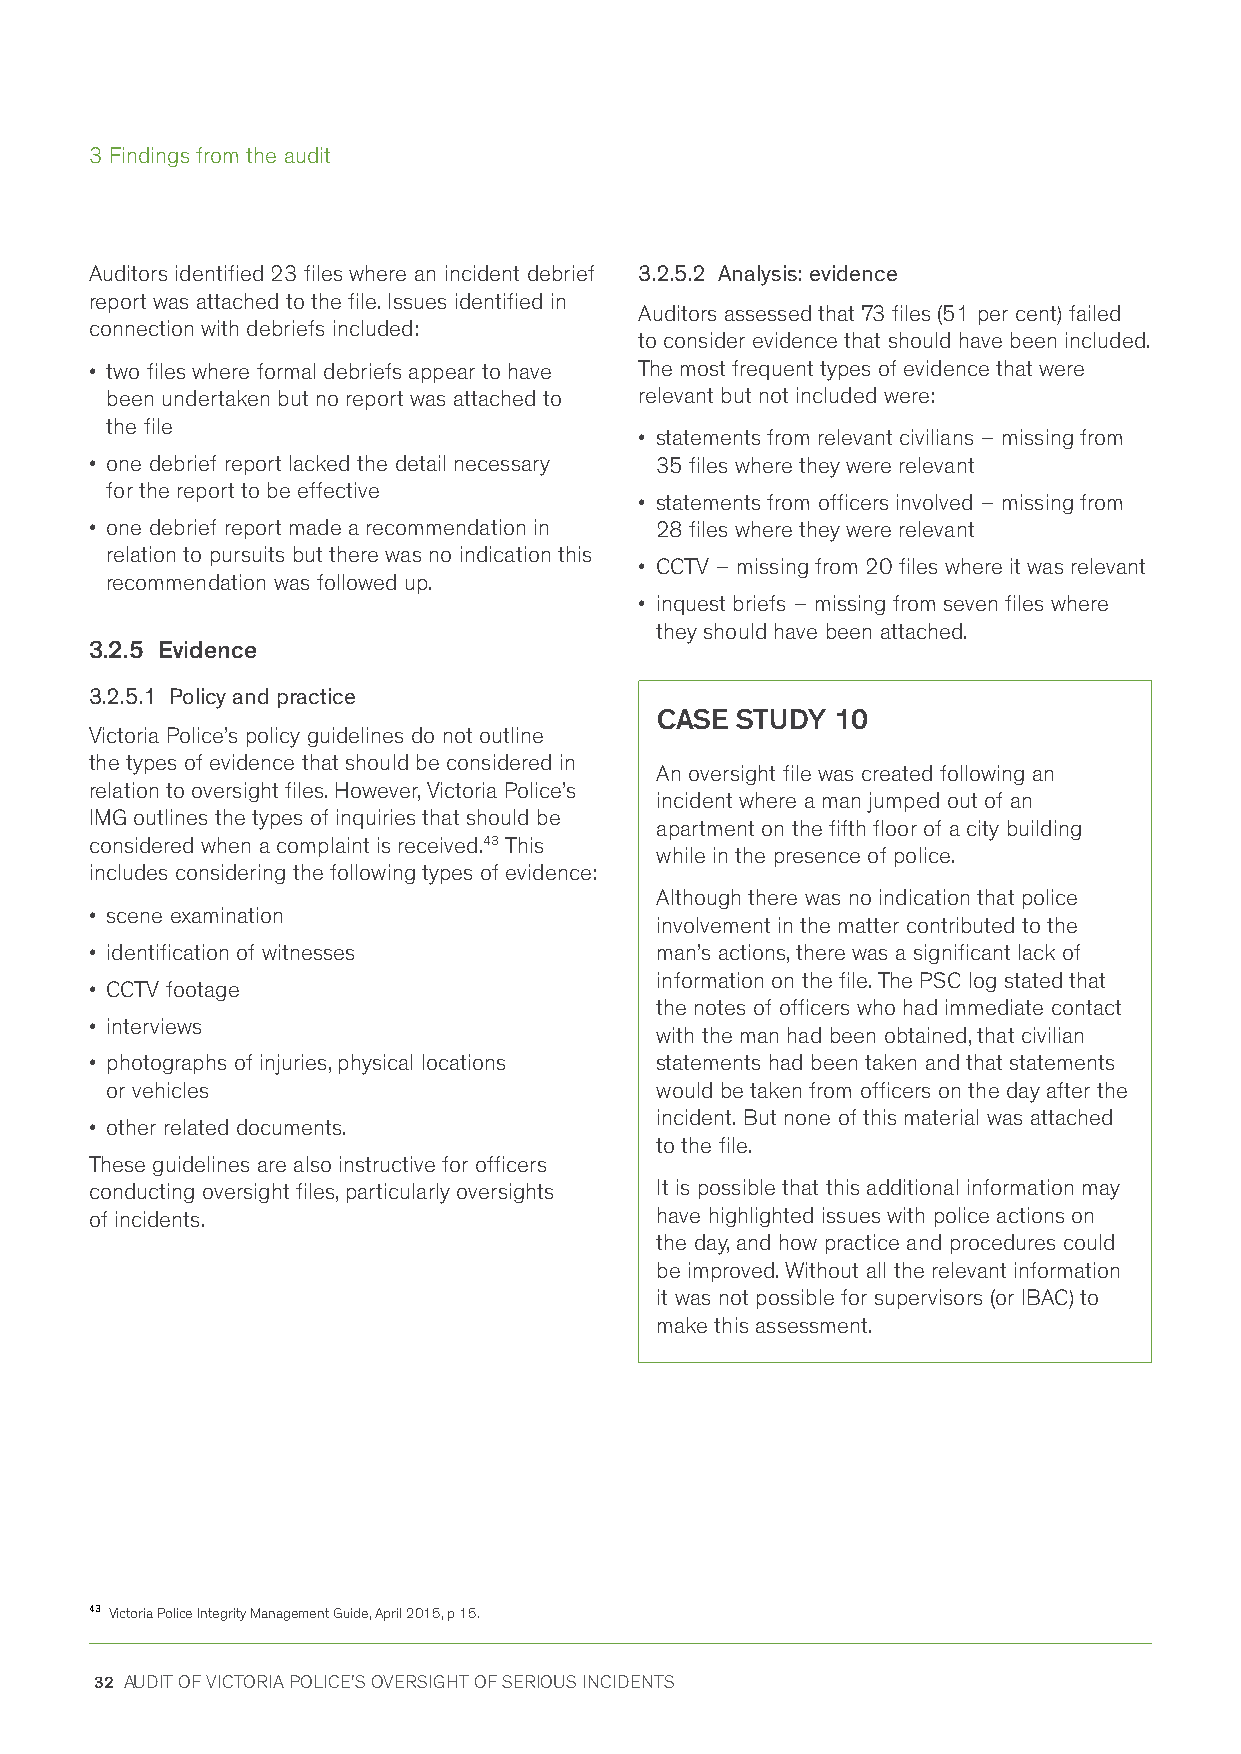
3 Findings from the audit
 Auditors identified 23 files where an incident debrief 3.2.5.2 Analysis: evidence
 report was attached to the file. Issues identified in
 Auditors assessed that 73 files (51 per cent) failed
 connection with debriefs included:
 to consider evidence that should have been included.
 • two files where formal debriefs appear to have The most frequent types of evidence that were
 been undertaken but no report was attached to relevant but not included were:
 the file
 • statements from relevant civilians – missing from
 • one debrief report lacked the detail necessary 35 files where they were relevant
 for the report to be effective
 • statements from officers involved – missing from
 • one debrief report made a recommendation in 28 files where they were relevant
 relation to pursuits but there was no indication this
 • CCTV – missing from 20 files where it was relevant
 recommendation was followed up.
 • inquest briefs – missing from seven files where
 they should have been attached.
 3.2.5 Evidence
 3.2.5.1 Policy and practice
 CASE  STUDY 10
 Victoria Police’s policy guidelines do not outline
 the types of evidence that should be considered in
 An oversight file was created following an
 relation to oversight files. However, Victoria Police’s
 incident where a man jumped out of an
 IMG outlines the types of inquiries that should be
 apartment on the fifth floor of a city building
 considered when a complaint is received.43 This
 while in the presence of police.
 includes considering the following types of evidence:
 Although there was no indication that police
 • scene examination
 involvement in the matter contributed to the
 • identification of witnesses        man’s actions, there was a significant lack of
 information on the file. The PSC log stated that
 • CCTV footage
 the notes of officers who had immediate contact
 • interviews
 with the man had been obtained, that civilian
 • photographs of injuries, physical locations statements had been taken and that statements
 or vehicles                         would be taken from officers on the day after the
 incident. But none of this material was attached
 • other related documents.
 to the file.
 These guidelines are also instructive for officers
 conducting oversight files, particularly oversights It is possible that this additional information may
 of incidents.                        have highlighted issues with police actions on
 the day, and how practice and procedures could
 be improved. Without all the relevant information
 it was not possible for supervisors (or IBAC) to
 make this assessment.
 43 Victoria Police Integrity Management Guide, April 2015, p 15.
 32 AUDIT OF VICTORIA POLICE'S OVERSIGHT OF SERIOUS INCIDENTS